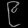
Digit: ၉